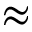
\approx